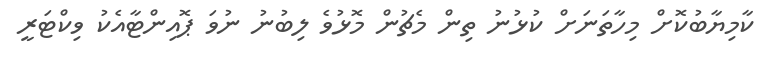
ކާމިޔާބުކޮށް މިހާތަނަށް ކުޅުނު ތިން މެޗުން މޮޅުވެ ލިބުނު ނުވަ ޕޮއިންޓާއެކު ވިކްޓަރީ